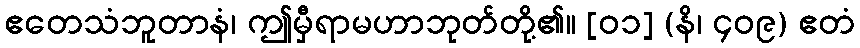
ဧတေသံဘူတာနံ၊ ဤမှီရာမဟာဘုတ်တို့၏။ [၀၁] (နိ၊ ၄၀၉) ဧတံ